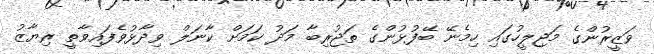
ވަޒީރުންގެ މަޖިލީހުގައި ހިމެނޭ ބޭފުޅުންގެ ތަޖުރިބާ މަދު ކަމަށް ކާނަލް ވިދާޅުވެފައިވާތީ ރިޔާޒު